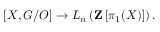
[ X , G / O ] \to L _ { n } \left( \mathbf { Z } \left[ \pi _ { 1 } ( X ) \right] \right) .